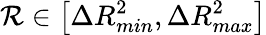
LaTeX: \mathcal{R}\in\left[\Delta R_{min}^{2},\Delta R_{max}^{2}\right]